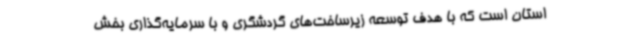
استان است که با هدف توسعه زیرساخت‌های گردشگری و با سرمایه‌گذاری بخش